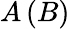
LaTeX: A\left(B\right)